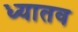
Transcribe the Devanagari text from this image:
ध्यातव